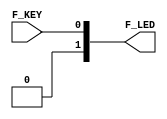
module LED_button(

    output[2:1] F_LED,       

    input[1:1] F_KEY  

);        
 
reg[2:1] F_LED;           

wire[1:1] F_KEY;       

always @ (F_KEY[1])  
begin
    F_LED[1]=F_KEY[1];    
    F_LED[2]=1'b0; //Hold LED D2 off (low)
                   //other states are
                   //1'b1 HIGH 
                   //1'b0 LOW
                   //1'bz HiZ (input)
end

endmodule